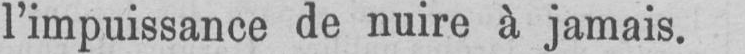
l’impuissance de nuire à jamais.